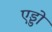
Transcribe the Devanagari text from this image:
एड्डो